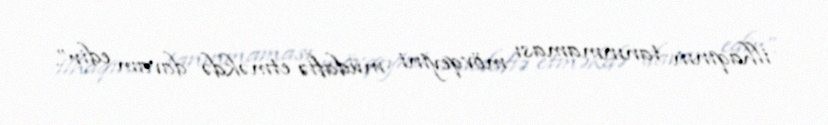
ilhaqının tanınmaması mövqeyini müdafiə etməkdə davam edir”.